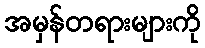
အမှန်တရားများကို